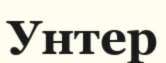
Унтер